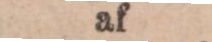
af